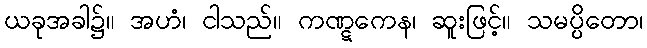
ယခုအခါ၌။ အဟံ၊ ငါသည်။ ကဏ္ဋကေန၊ ဆူးဖြင့်။ သမပ္ပိတော၊